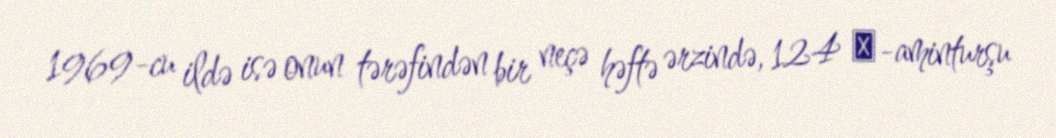
1969-cu ildə isə onun tərəfindən bir neçə həftə ərzində, 124 α-aminturşu